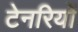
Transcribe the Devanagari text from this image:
टेनरियों